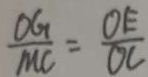
\frac { O G } { M C } = \frac { O E } { O C }